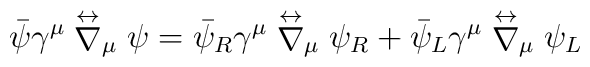
{\bar\psi}\gamma^\mu\stackrel{\leftrightarrow}{\nabla}_\mu\psi ={\bar\psi_R}\gamma^\mu\stackrel{\leftrightarrow}{\nabla}_\mu\psi_R+{\bar\psi_L}\gamma^\mu\stackrel{\leftrightarrow}{\nabla}_\mu \psi_L